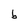
Character: b